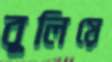
বুলিয়ে